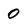
Character: O